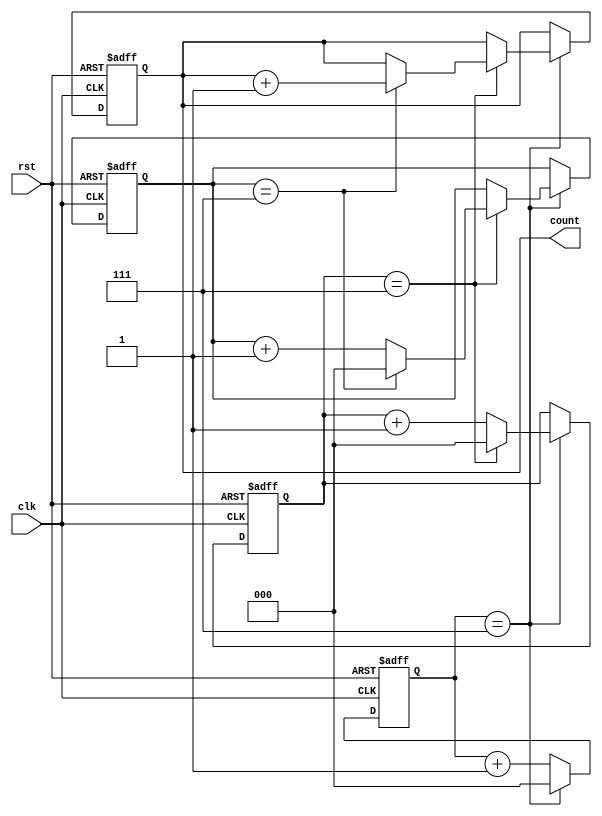
module CascadedCounter (
    input wire clk,
    input wire rst,
    output reg [7:0] count
);

reg [2:0] counter1, counter2, counter3;

always @(posedge clk or posedge rst) begin
    if (rst) begin
        counter1 <= 0;
        counter2 <= 0;
        counter3 <= 0;
        count <= 0;
    end else begin
        if (counter1 == 7) begin
            counter1 <= 0;
            if (counter2 == 7) begin
                counter2 <= 0;
                if (counter3 == 7) begin
                    counter3 <= 0;
                    count <= count + 1;
                end else begin
                    counter3 <= counter3 + 1;
                end
            end else begin
                counter2 <= counter2 + 1;
            end
        end else begin
            counter1 <= counter1 + 1;
        end
    end
end

endmodule